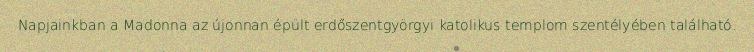
Napjainkban a Madonna az újonnan épült erdőszentgyörgyi katolikus templom szentélyében található.